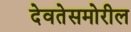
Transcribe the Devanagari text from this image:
देवतेसमोरील